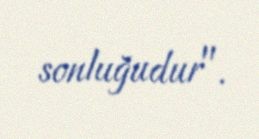
sonluğudur".